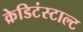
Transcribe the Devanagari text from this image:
क्रेडिटंस्टाल्ट